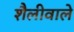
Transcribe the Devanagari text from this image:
शैलीवाले